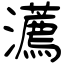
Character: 瀳